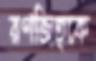
রণজিত্কে